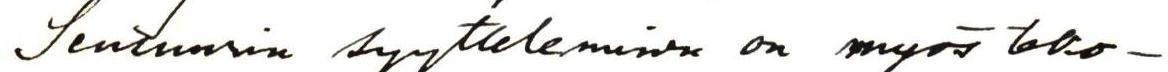
Sensuurin syytteleminen on myös teko-